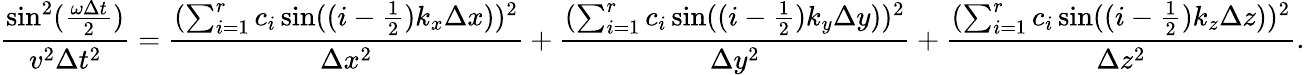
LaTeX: \frac{\sin^{2}(\frac{\omega\Delta t}{2})}{v^{2}\Delta t^{2}}=\frac{(\sum_{i=1}^{r}c_{i}\sin((i-\frac{1}{2})k_{x}\Delta x))^{2}}{\Delta x^{2}}+\frac{(\sum_{i=1}^{r}c_{i}\sin((i-\frac{1}{2})k_{y}\Delta y))^{2}}{\Delta y^{2}}+\frac{(\sum_{i=1}^{r}c_{i}\sin((i-\frac{1}{2})k_{z}\Delta z))^{2}}{\Delta z^{2}}.